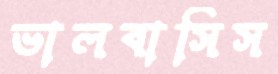
ভালবাসিস